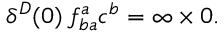
\delta ^ { D } ( 0 ) \: f _ { b a } ^ { a } c ^ { b } = \infty \times 0 .